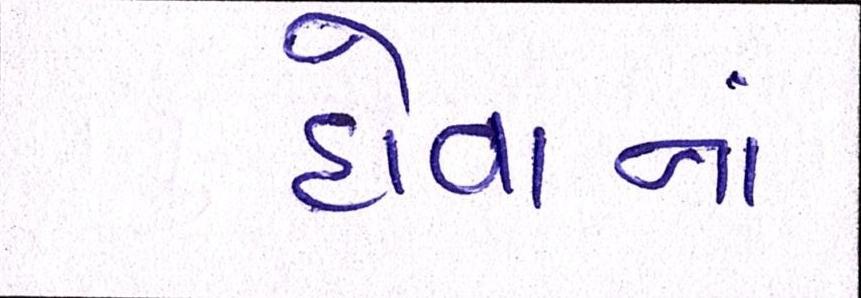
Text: હોવાનાં